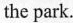
the park.